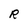
Character: R